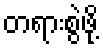
တရားစွဲဖို့